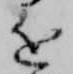
近